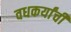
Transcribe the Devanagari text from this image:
वधकर्यांची